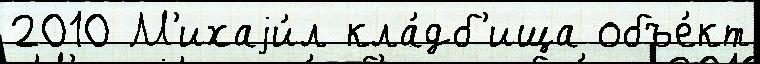
2010 М'ихаjи́л кла́дб'ища объе́кт